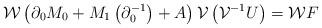
LaTeX: \begin{align*}\mathcal{W}\left(\partial_{0}M_{0}+M_{1}\left(\partial_{0}^{-1}\right)+A\right)\mathcal{V}\left(\mathcal{V}^{-1}U\right)=\mathcal{W}F\end{align*}